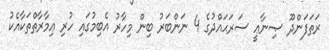
ރަތަފަންދޫ ޞިނާޢީ ސަރަޙައްދުގެ 4 ނަންބަރު ބިން މިހާރު އެބިމުގައި ހުރި ޢިމާރާތްތަކާއެކު